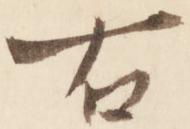
右